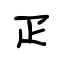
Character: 疋